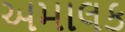
અમાલક